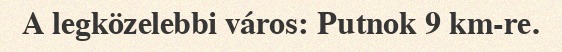
A legközelebbi város: Putnok 9 km-re.